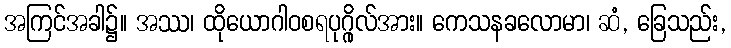
အကြင်အခါ၌။ အဿ၊ ထိုယောဂါဝစရပုဂ္ဂိုလ်အား။ ကေသနခလောမာ၊ ဆံ, ခြေသည်း,